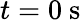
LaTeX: t=0~\mathrm{s}